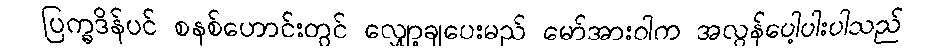
ပြက္ခဒိန်ပင် စနစ်ဟောင်းတွင် လျှော့ချပေးမည် မော်အားဝါက အလွန်ပေါ့ပါးပါသည်